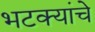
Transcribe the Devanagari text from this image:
भटक्यांचे